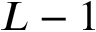
L - 1